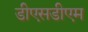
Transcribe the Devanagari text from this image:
डीएसडीएम